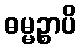
ဓမ္မဉ္စာပိ